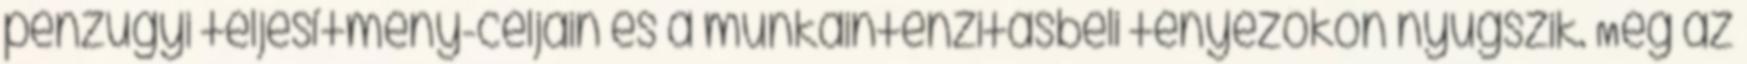
pénzügyi teljesítmény-céljain és a munkaintenzitásbeli tényezőkön nyugszik. Még az